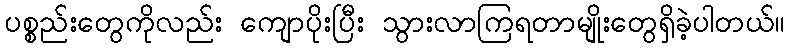
ပစ္စည်းတွေကိုလည်း ကျောပိုးပြီး သွားလာကြရတာမျိုးတွေရှိခဲ့ပါတယ်။